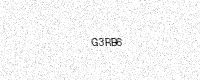
Text: G3RB6